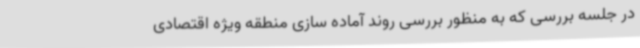
در جلسه بررسی که به منظور بررسی روند آماده سازی منطقه ویژه اقتصادی